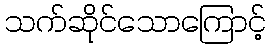
သက်ဆိုင်သောကြောင့်